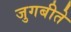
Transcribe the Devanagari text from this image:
जुगबीते